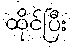
ထိုင်ပြီး